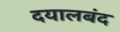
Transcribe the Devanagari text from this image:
दयालबंद